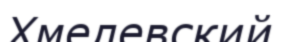
Хмелевский